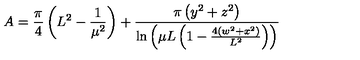
A = \frac { \pi } { 4 } \left( L ^ { 2 } - \frac { 1 } { \mu ^ { 2 } } \right) + \frac { \pi \left( y ^ { 2 } + z ^ { 2 } \right) } { \ln \left( \mu L \left( 1 - \frac { 4 \left( w ^ { 2 } + x ^ { 2 } \right) } { L ^ { 2 } } \right) \right) }